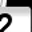
Digit: 2